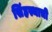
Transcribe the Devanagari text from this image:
सिंहस्थाची